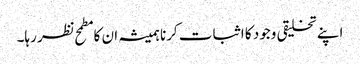
اپنے تخلیقی وجود کا اثبات کرنا ہمیشہ ان کا مطمح نظر رہا۔